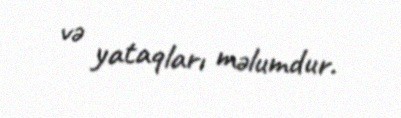
və yataqları məlumdur.